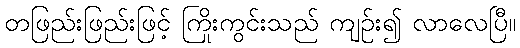
တဖြည်းဖြည်းဖြင့် ကြိုးကွင်းသည် ကျဉ်း၍ လာလေပြီ။